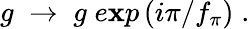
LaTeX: g\; \rightarrow\; g\; e\mathbf{x}p\left(i\pi/f_{\pi}\right)\; .